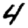
Digit: 4